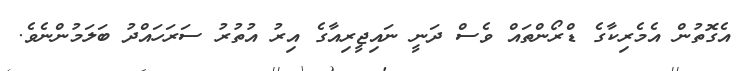
އެގޮތުން އެމެރިކާގެ ޑްރޯންތައް ވެސް ދަނީ ނައިޖީރިއާގެ އިރު އުތުރު ސަރަހައްދު ބަލަމުންނެވެ.